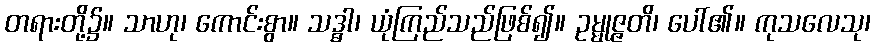
တရားတို့၌။ သာဟု၊ ကောင်းစွာ။ သဒ္ဓါ၊ ယုံကြည်သည်ဖြစ်၍။ ဥမ္မုဇ္ဇတိ၊ ပေါ်၏။ ကုသလေသု၊